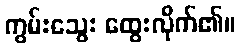
ကွမ်းသွေး ထွေးလိုက်၏။